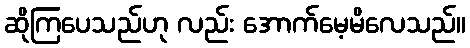
ဆိုကြပေသည်ဟု လည်း အောက်မေ့မိလေသည်။